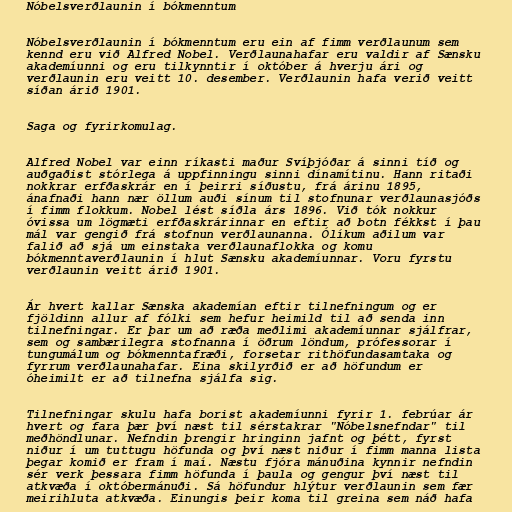
Nóbelsverðlaunin í bókmenntum

Nóbelsverðlaunin í bókmenntum eru ein af fimm verðlaunum sem
kennd eru við Alfred Nobel. Verðlaunahafar eru valdir af Sænsku
akademíunni og eru tilkynntir í október á hverju ári og
verðlaunin eru veitt 10. desember. Verðlaunin hafa verið veitt
síðan árið 1901.

Saga og fyrirkomulag.

Alfred Nobel var einn ríkasti maður Svíþjóðar á sinni tíð og
auðgaðist stórlega á uppfinningu sinni dínamítinu. Hann ritaði
nokkrar erfðaskrár en í þeirri síðustu, frá árinu 1895,
ánafnaði hann nær öllum auði sínum til stofnunar verðlaunasjóðs
í fimm flokkum. Nobel lést síðla árs 1896. Við tók nokkur
óvissa um lögmæti erfðaskrárinnar en eftir að botn fékkst í þau
mál var gengið frá stofnun verðlaunanna. Ólíkum aðilum var
falið að sjá um einstaka verðlaunaflokka og komu
bókmenntaverðlaunin í hlut Sænsku akademíunnar. Voru fyrstu
verðlaunin veitt árið 1901.

Ár hvert kallar Sænska akademían eftir tilnefningum og er
fjöldinn allur af fólki sem hefur heimild til að senda inn
tilnefningar. Er þar um að ræða meðlimi akademíunnar sjálfrar,
sem og sambærilegra stofnanna í öðrum löndum, prófessorar í
tungumálum og bókmenntafræði, forsetar rithöfundasamtaka og
fyrrum verðlaunahafar. Eina skilyrðið er að höfundum er
óheimilt er að tilnefna sjálfa sig.

Tilnefningar skulu hafa borist akademíunni fyrir 1. febrúar ár
hvert og fara þær því næst til sérstakrar "Nóbelsnefndar" til
meðhöndlunar. Nefndin þrengir hringinn jafnt og þétt, fyrst
niður í um tuttugu höfunda og því næst niður í fimm manna lista
þegar komið er fram í maí. Næstu fjóra mánuðina kynnir nefndin
sér verk þessara fimm höfunda í þaula og gengur því næst til
atkvæða í októbermánuði. Sá höfundur hlýtur verðlaunin sem fær
meirihluta atkvæða. Einungis þeir koma til greina sem náð hafa